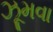
ઝૂમવા